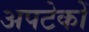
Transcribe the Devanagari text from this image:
अपटेकों